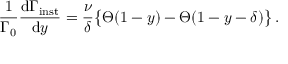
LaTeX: { \frac { 1 } { \Gamma _ { 0 } } } { \frac { \mathrm { d } \Gamma _ { \mathrm { i n s t } } } { \mathrm { d } y } } = { \frac { \nu } { \delta } } \big \{ \Theta ( 1 - y ) - \Theta ( 1 - y - \delta ) \big \} \, .